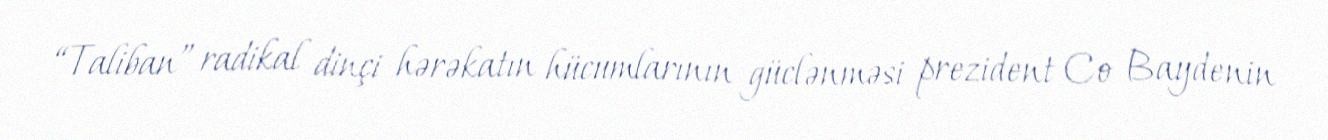
“Taliban” radikal dinçi hərəkatın hücumlarının güclənməsi prezident Co Baydenin